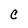
Character: C